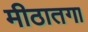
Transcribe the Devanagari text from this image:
मीठातगा